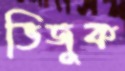
ভিজুক